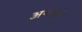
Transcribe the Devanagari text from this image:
अणओं